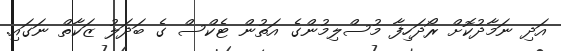
އަދި ނަމާދުކޮށް ރޯދަހިފާ މުސްލިމުންގެ އަތުން ޓެކްސް ގެ ބަދަލު ޒަކާތް ނަގައި.